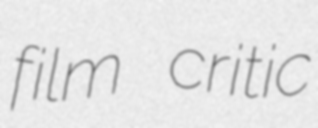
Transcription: film critic